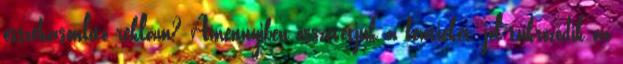
összehasonlító reklám? Amennyiben összevetjük a fentieket, jól tükröződik az